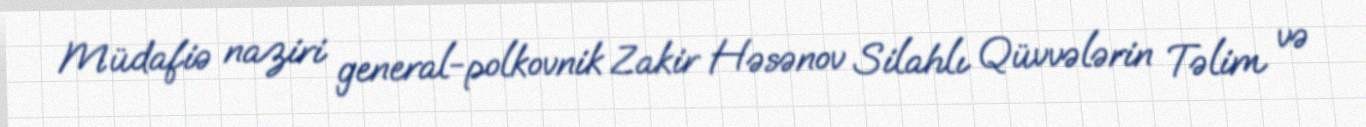
Müdafiə naziri general-polkovnik Zakir Həsənov Silahlı Qüvvələrin Təlim və